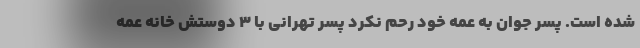
شده است. پسر جوان به عمه خود رحم نکرد پسر تهرانی با 3 دوستش خانه عمه